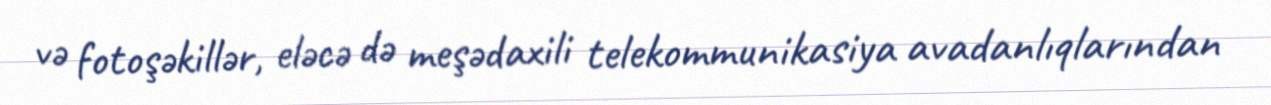
və fotoşəkillər, eləcə də meşədaxili telekommunikasiya avadanlıqlarından